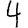
Digit: 4